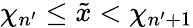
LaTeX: \chi_{n^{\prime}}\leq\tilde{x}<\chi_{n^{\prime}+1}